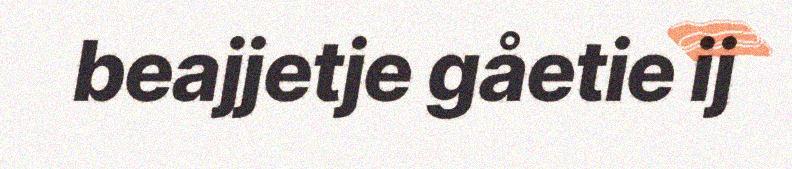
beajjetje gåetie ij